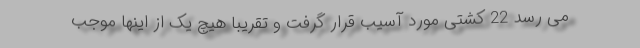
می رسد 22 کشتی مورد آسیب قرار گرفت و تقریباً هیچ یک از اینها موجب